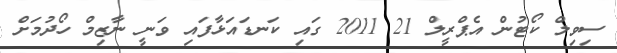
ސިވިލް ކޯޓުން އެޕްރީލް 21 2011 ގައި ކަނޑައަޅާފައި ވަނީ ނާޒިމް ހޯދުމަށް